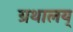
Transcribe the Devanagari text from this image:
ग्रथालय्